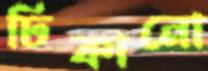
ঢিকানো